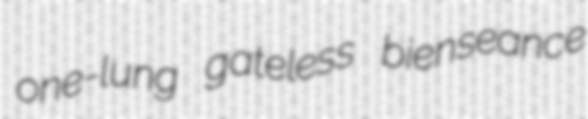
one-lung gateless bienseance